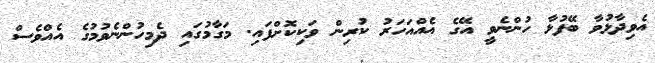
އެވިދާޅުވާ ބޭފުޅާ ހުންނެވީ އޭގެ އެއްއަހަރު ކުރިން ވަކިކޮށްފައި. މަގާމުގައި ދެމިހުންނެވުމުގެ އެއްވެސް